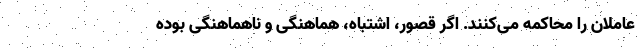
عاملان را محاکمه می‌کنند. اگر قصور، اشتباه، هماهنگی و ناهماهنگی بوده